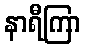
နာရီကြာ